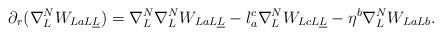
\begin{align*} & \partial_r(\nabla^N_{L}W_{LaL\underline L} )= \nabla^N_{L} \nabla^N_{L} W_{LaL\underline L} -l_a^c\nabla^N_{L}W_{LcL\underline L} -\eta^b\nabla^N_{L}W_{LaLb}. \end{align*}